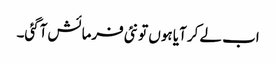
اب لے کر آیا ہوں تو نئی فرمائش آگئی۔